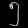
Digit: ၅